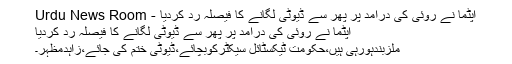
اپٹما نے روئی کی درآمد پر پھر سے ڈیوٹی لگانے کا فیصلہ رد کردیا - Urdu News Room
اپٹما نے روئی کی درآمد پر پھر سے ڈیوٹی لگانے کا فیصلہ رد کردیا
ملزبندہورہی ہیں،حکومت ٹیکسٹائل سیکٹرکوبچائے،ڈیوٹی ختم کی جائے،زاہدمظہر۔